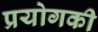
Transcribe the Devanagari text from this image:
प्रयोगकी